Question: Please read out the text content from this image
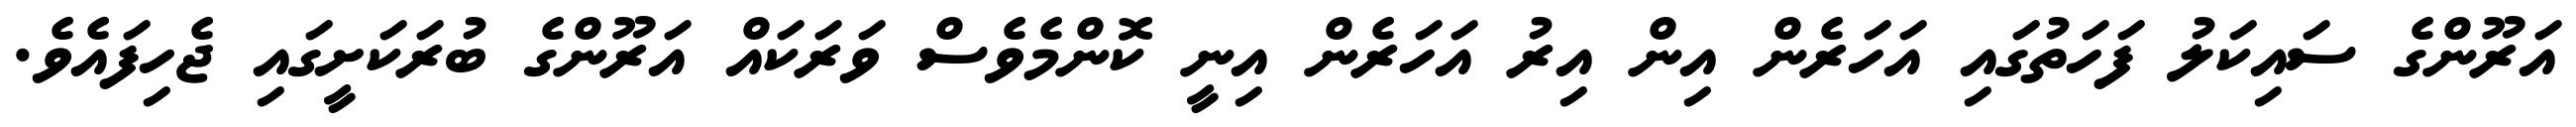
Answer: އަރޫންގެ ސައިކަލު ފަހަތުގައި އަހަރެން އިން އިރު އަހަރެން އިނީ ކޮންމެވެސް ވަރަކައް އަރޫންގެ ބުރަކަށީގައި ޖެހިފައެވެ.